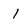
Character: 1